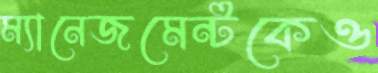
ম্যানেজমেন্টকেও